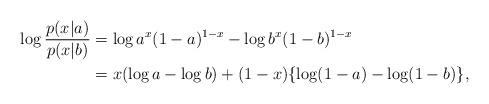
LaTeX: \begin{align*} \log \frac{p(x|a)}{p(x|b)} &= \log a^x (1-a)^{1-x} - \log b^x(1-b)^{1-x} \\ &= x(\log a-\log b) + (1-x) \{ \log (1-a) -\log (1-b) \},\end{align*}